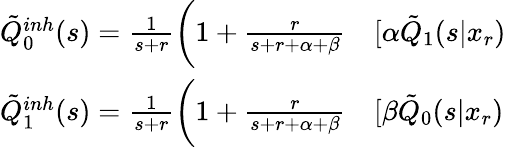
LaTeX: \begin{array}{rl}{\tilde{Q}_{0}^{inh}(s)=\frac{1}{s+r}\bigg(1+\frac{r}{s+r+\alpha+\beta}}&{{}[\alpha\tilde{Q}_{1}(s|x_{r})}\\ {\tilde{Q}_{1}^{inh}(s)=\frac{1}{s+r}\bigg(1+\frac{r}{s+r+\alpha+\beta}}&{{}[\beta\tilde{Q}_{0}(s|x_{r})}\end{array}